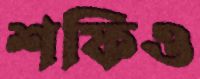
শফিও